Lunatic asylums Central Provinces reports 1886-1894 - 1886-1894
Year: 1886
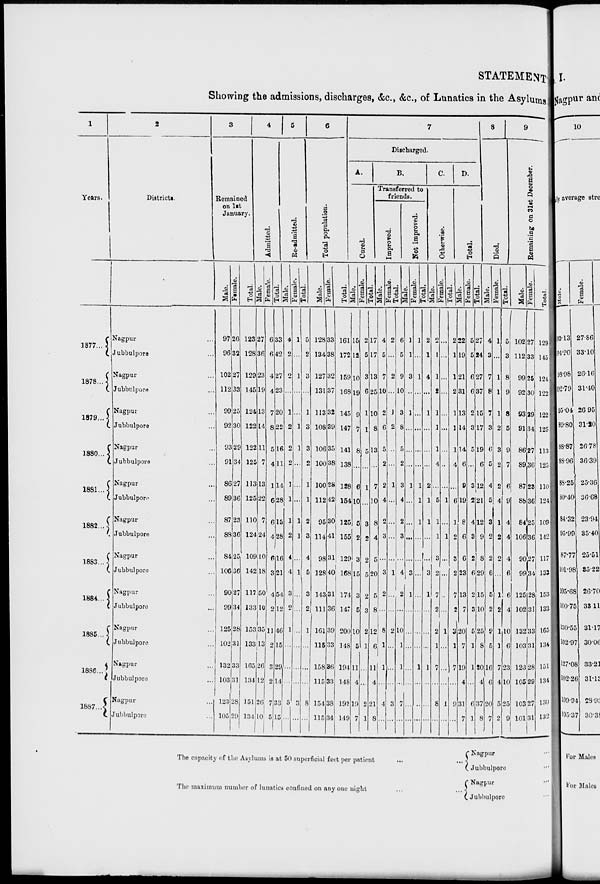
STATEMENT
Showing the admissions, discharges, &c., &c., of Lunatics in the Asylums
1
Years.
1877 ...
1878 ...
1879 ...
1880 ...
1881 ...
1882 ...
1883 ...
1884 ...
1885 ...
1886 ...
1887 ...
2
Districts.
Nagpur ...
Jubbulpore ...
Nagpur ...
Jubbulpore ...
Nagpur ...
Jubbulpore ...
Nagpur ...
Jubbulpore ...
Nagpur ...
Jubbulpore ...
Nagpur ...
Jubbulpore ...
Nagpur ...
Jubbulpore ...
Nagpur ...
Jubbulpore ...
Nagpur ...
Jubbulpore ...
Nagpur ...
Jubbulpore ...
Nagpur ...
Jubbulpore ...
3
Remained
on 1st
January.
Males.
97
96
102
112
99
92
93
91
86
89
87
88
84
106
90
99
125
102
132
103
123
105
Females.
26
32
27
33
25
30
29
34
27
36
23
36
25
36
27
34
28
31
33
31
28
29
Total.
123
128
129
145
124
122
122
125
113
125
110
124
109
142
117
133
153
133
165
134
151
134
4
Admitted.
Males.
27
36
23
19
13
14
11
7
13
22
7
24
10
18
50
10
35
13
26
12
26
10
Females.
6
6
4
4
7
8
5
4
1
6
6
4
6
3
4
2
11
2
3
2
7
5
Total.
33
42
27
23
20
22
16
11
14
28
13
28
16
21
54
12
46
15
29
14
33
15
5
Re-admitted.
Males.
4
2
2
...
1
2
2
2
1
1
1
2
4
4
3
2
1
...
...
...
5
...
Females.
1
...
1
...
...
1
1
...
...
...
1
1
...
1
...
...
...
...
...
...
3
...
Total.
5
2
3
...
1
3
3
2
1
1
2
3
4
5
3
2
1
...
...
...
8
...
6
Total population.
Males.
128
134
127
131
113
108
106
100
100
112
95
114
98
128
143
111
161
115
158
115
154
115
Females.
33
38
32
37
32
39
35
38
28
42
30
41
31
40
31
36
39
33
36
33
38
34
Total.
161
172
159
168
145
147
141
138
128
154
125
155
129
168
174
147
200
148
194
148
192
149
7
Discharged.
A.
B.
Cured.
Males.
15
12
10
19
9
7
8
...
6
10
5
2
3
15
3
5
10
5
11
4
19
7
Females.
2
5
3
6
1
1
5
...
1
...
3
2
2
5
2
3
2
1
...
...
2
1
Total.
17
17
13
25
10
8
13
...
7
10
8
4
5
20
5
8
12
6
11
4
21
8
Transferred to
friends.
Improved.
Males.
4
5
7
10
2
6
5
2
7
4
2
3
...
3
2
...
8
1
1
...
4
...
Females.
2
...
2
...
1
2
...
...
1
...
...
...
...
1
...
...
2
...
...
...
3
...
Total.
6
5
9
10
3
8
5
2
8
4
2
3
...
4
2
...
10
1
1
...
7
...
Not improved.
Males.
1
1
3
...
1
...
...
...
1
...
...
...
...
3
1
...
...
...
...
...
...
...
Females.
1
...
1
...
...
...
...
...
1
1
1
...
...
...
...
...
...
...
1
...
...
...
Total.
2
1
4
...
1
...
...
...
2
1
1
...
...
3
1
...
...
...
1
...
...
...
C.
Otherwise.
Males.
2
1
1
2
1
1
1
4
...
5
1
1
3
2
7
2
2
1
7
...
8
...
Females.
...
...
...
...
...
...
...
...
...
1
...
1
...
...
...
...
1
...
...
...
1
...
Total.
2
1
1
2
1
1
1
4
...
6
1
2
3
2
7
2
3
1
7
...
9
...
D.
Total.
Males.
22
19
21
31
13
14
14
6
9
19
8
6
6
23
13
7
20
7
19
4
31
7
Females.
5
5
6
6
2
3
5
...
3
2
4
3
2
6
2
3
5
1
1
...
6
1
Total.
27
24
27
37
15
17
19
6
12
21
12
9
8
29
15
10
25
8
20
4
37
8
8
Died.
Males.
4
3
7
8
7
3
6
5
4
5
3
2
2
6
5
2
9
5
16
6
20
7
Females.
1
...
1
1
1
2
3
2
2
4
1
2
2
...
1
2
1
1
7
4
5
2
Total.
5
3
8
9
8
5
9
7
6
9
4
4
4
6
6
4
10
6
23
10
25
9
9
Remaining on 31st December.
Males.
102
112
99
92
93
91
86
89
87
88
84
106
90
99
125
102
132
103
123
105
103
101
Females.
27
33
25
30
29
34
27
36
23
36
25
36
27
34
28
31
33
31
28
29
27
31
Total.
129
145
124
122
122
125
113
125
110
124
109
142
117
133
153
133
165
134
151
134
130
132
The capacity of the Asylums is at 50 superficial feet per patient
...
...
The maximum number of lunatics confined on any one night
...
Nagpur ...
Jubbulpore ...
Nagpur ...
Jubbulpore ...